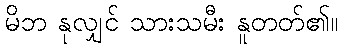
မိဘ နုလျှင် သားသမီး နူတတ်၏။